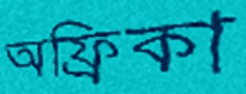
অফ্রিকা